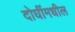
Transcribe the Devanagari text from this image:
दोघींमधील